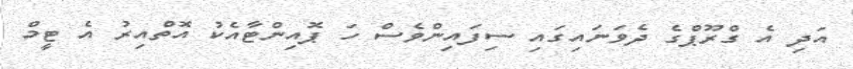
އަދި އެ ގްރޫޕްގެ ދެވަނައިގައި ސިފައިންވެސް ހަ ޕޮއިންޓާއެކު އޮތްއިރު އެ ޓީމް